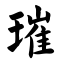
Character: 璀